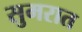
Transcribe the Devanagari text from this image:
सुमरात